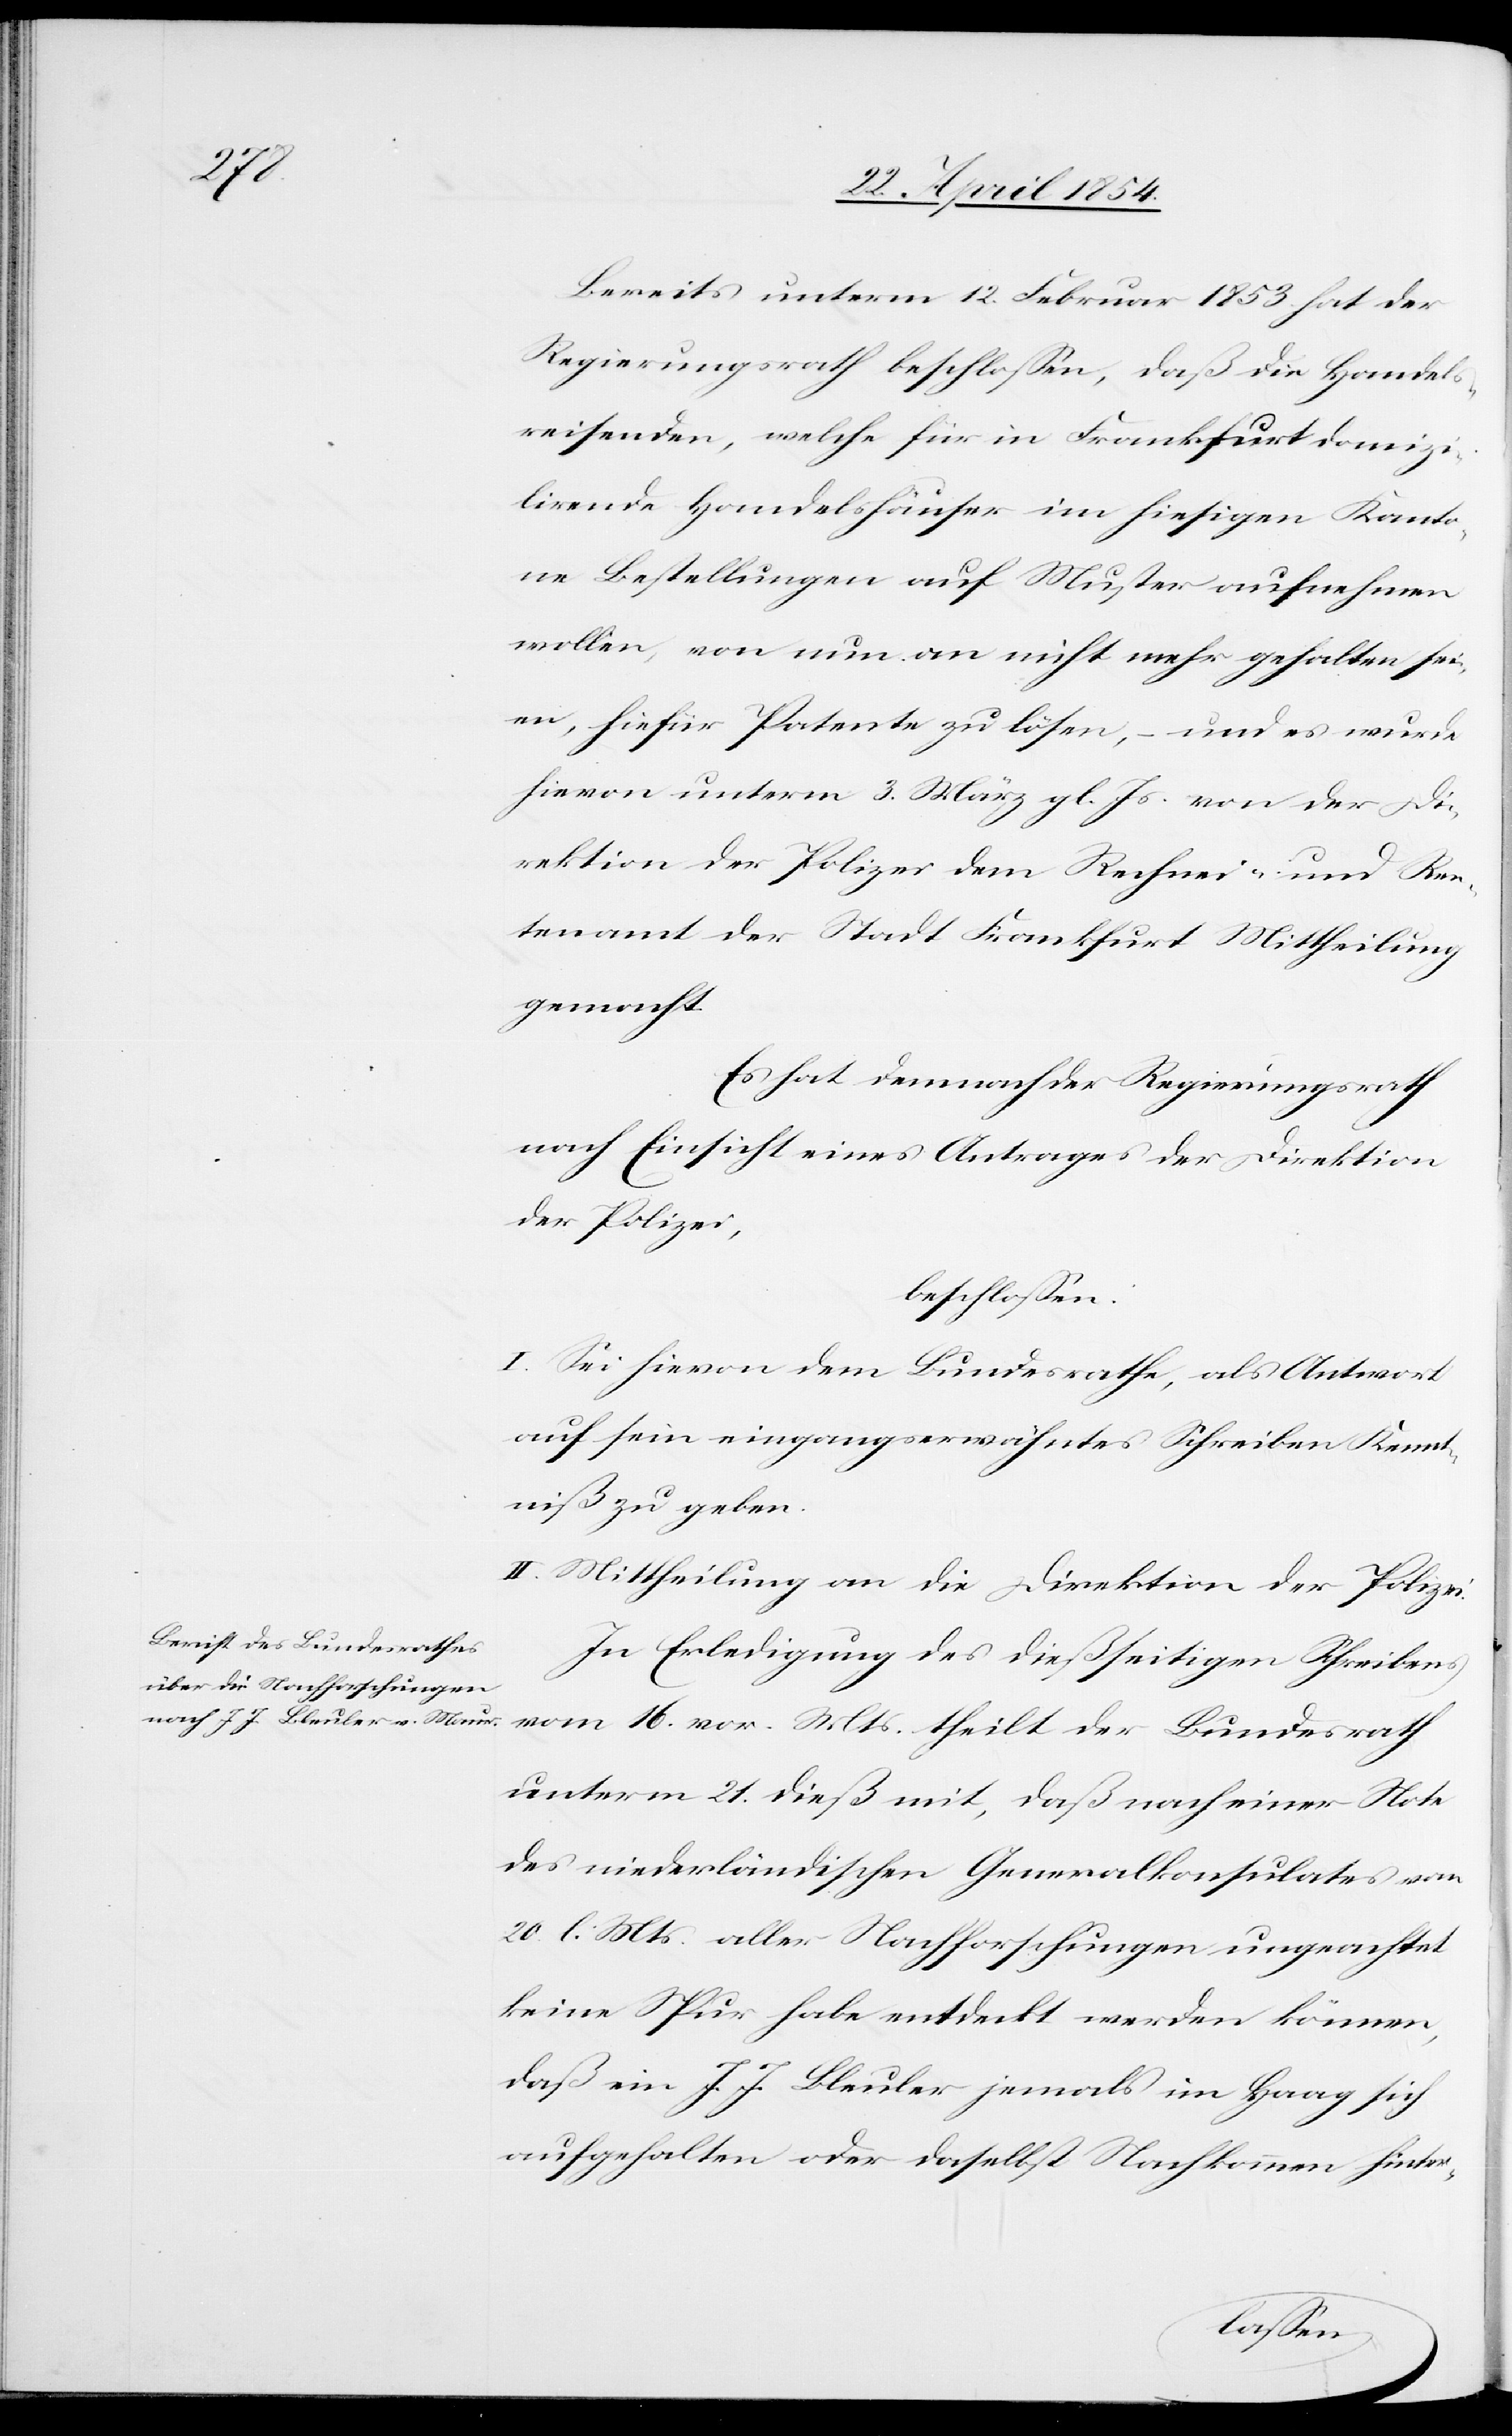
25. April 1854.]
Bereits unterm 12. Februar 1853 hat der
Regierungsrath beschloßen, daß die Handels¬
reisenden, welche für in Frankfurt domizi¬
lirende Handelshäuser im hiesigen Kanto¬
ne Bestellungen auf Muster aufnehmen
wollen, von nun an nicht mehr gehalten sei¬
en, hiefür Patente zu lösen, – und es wurde
hievon unterm 3. März gl. Js. von der Di¬
rektion der Polizei dem Rechner- und Ren¬
tenamt der Stadt Frankfurt Mittheilung
gemacht.
Es hat demnach der Regierungsrath
nach Einsicht eines Antrages der Direktion
der Polizei,
beschloßen:
I. Sei hievon dem Bundesrathe, als Antwort
auf sein eingangserwähntes Schreiben Kennt¬
niß zu geben.
II. Mittheilung an die Direktion der Polizei.
In Erledigung des dießseitigen Schreibens
vom 16. vor. Mts. theilt der Bundesrath
unterm 21. dieß mit, daß nach einer Note
des niederländischen Generalkonsulates vom
20. l. Mts aller Nachforschungen ungeachtet
keine Spur habe entdeckt werden können,
daß ein J. J. Bleuler jemals im Haag sich
aufgehalten oder daselbst Nachkommen hinter-